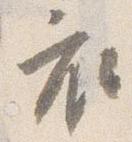
衣